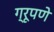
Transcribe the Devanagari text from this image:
ग्रूपणे